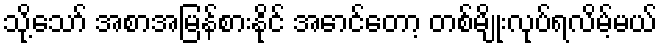
သို့သော် အစာအမြန်စားနိုင် အောင်တော့ တစ်မျိုးလုပ်ရလိမ့်မယ်